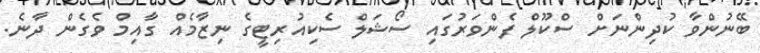
ބޭނުންވާ ކުދިންނަށް ސްކޫލް ފެންވަރުގައި ސޯޝަލް ސެކިއުރިޓީގެ ނިޒާމެއް ގާއިމް ވެގެން ދާނެ.